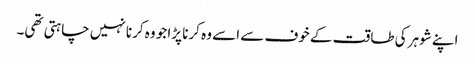
اپنے شوہر کی طاقت کے خوف سے اسے وہ کرنا پڑا جو وہ کرنا نہیں چاہتی تھی۔